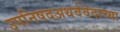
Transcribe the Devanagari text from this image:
उपनिषदअथर्ववेदाच्या